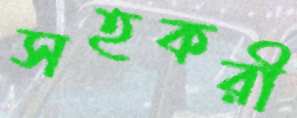
সহকরী